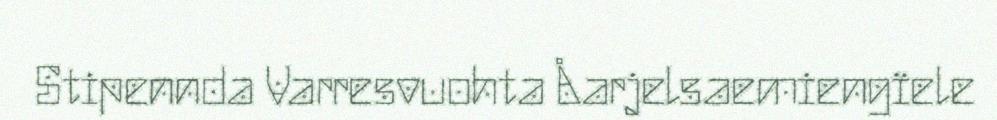
Stipennda Varresvuohta Åarjelsaemiengïele